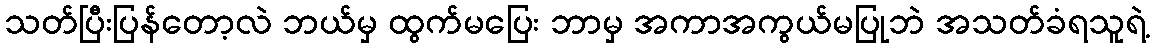
သတ်ပြီးပြန်တော့လဲ ဘယ်မှ ထွက်မပြေး ဘာမှ အကာအကွယ်မပြုဘဲ အသတ်ခံရသူရဲ့